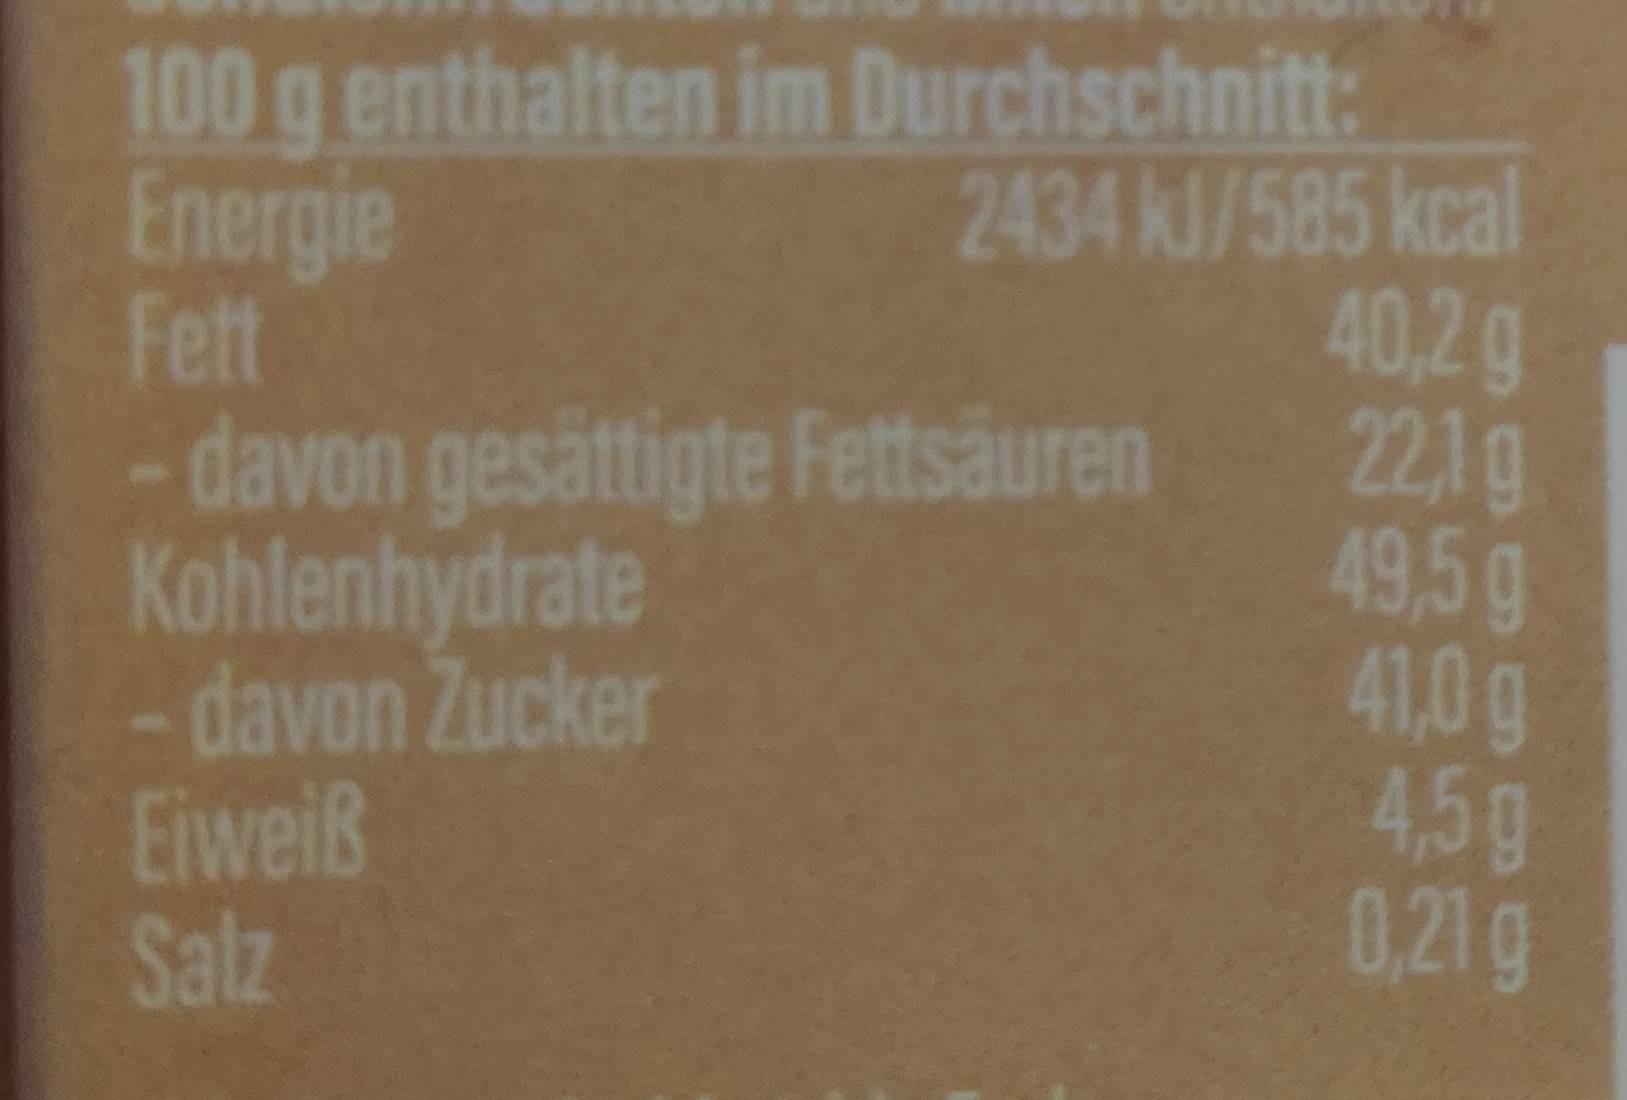
100 g enthalten im Durchschnitt: 2434 KJ/585 kcal 40,2g 221g 49,5g 41,0g 45g 0,21 g
Energie Fett
davon gesättigte Fettsäuren
Kohlenhydrate -davon Zucker Eiweiß Salz